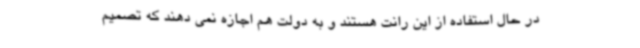
در حال استفاده از این رانت هستند و به دولت هم اجازه نمی دهند که تصمیم